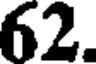
62.